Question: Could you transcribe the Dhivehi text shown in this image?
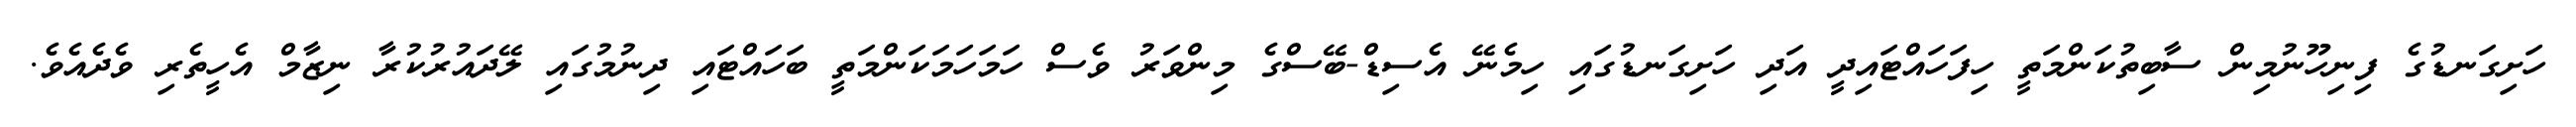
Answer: ހަށިގަނޑުގެ ފިނިހޫނުމިން ސާބިތުކަންމަތީ ހިފަހައްޓައިދީ އަދި ހަށިގަނޑުގައި ހިމެނޭ އެސިޑް-ބޭސްގެ މިންވަރު ވެސް ހަމަހަމަކަންމަތީ ބަހައްޓައި ދިނުމުގައި ލޭދައުރުކުރާ ނިޒާމް އެހީތެރި ވެދެއެވެ.